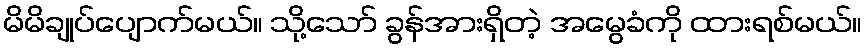
မိမိချုပ်ပျောက်မယ်။ သို့သော် ခွန်အားရှိတဲ့ အမွေခံကို ထားရစ်မယ်။